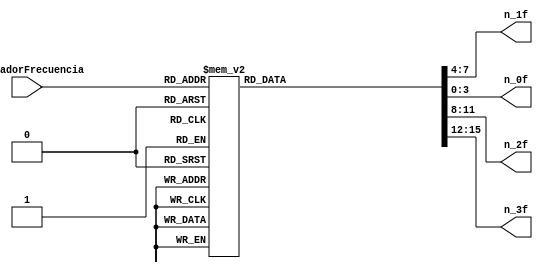
`timescale 1ns / 1ps
//////////////////////////////////////////////////////////////////////////////////
// Company: 
// Engineer: 
// 
// Design Name: 
// Module Name:    deco_7seg_frecuencia 
// Project Name: 
// Target Devices: 
// Tool versions: 
// Description: 
//
// Dependencies: 
//
// Revision: 
// Revision 0.01 - File Created
// Additional Comments: 
//
//////////////////////////////////////////////////////////////////////////////////
module deco_7seg_frecuencia(
input [2:0] indicadorFrecuencia,
output [3:0]n_1f,n_0f,n_2f,n_3f
);
 

reg [3:0]n1,n2,n0,n3; 
 
always @(indicadorFrecuencia) 
begin
case(indicadorFrecuencia)
3'b000 :begin
			n0 = 4'd9;
			n1 = 4'd3;
			n2 = 4'd10; 
			n3 = 4'd0;
		end
3'b001 :begin
			n0 = 4'd8;
			n1 = 4'd7;
			n2 = 4'd10;
			n3 = 4'd0;
		end
3'b010 :begin
			n0 = 4'd6;
			n1 = 4'd5;
			n2 = 4'd10;
			n3 = 4'd1;
		end
3'b011 :begin 
			n0 = 4'd2;
			n1 = 4'd1;
			n2 = 4'd10;
			n3 = 4'd3;
		end
3'b100  :begin
			n0 = 4'd5;
			n1 = 4'd2;
			n2 = 4'd10;
			n3 = 4'd6;
		end
3'b101 :begin
			n0 = 4'd5;
			n1 = 4'd10;
			n2 = 4'd2;
			n3 = 4'd1;
		end
3'b110 :begin
			n0 = 4'd0;
			n1 = 4'd10;
			n2 = 4'd5;
			n3 = 4'd2;
		end 
3'b111 :begin
			n0 = 4'd0; 
			n1 = 4'd10;
			n2 = 4'd0;
			n3 = 4'd5;
		end
		default begin
		n0 = 4'd0;
		n1 = 4'd0;
		n2 = 4'd0;
		n3 = 4'd0;
		end
endcase
end 
assign n_0f = n0,n_1f = n1,n_2f = n2,n_3f = n3;
endmodule